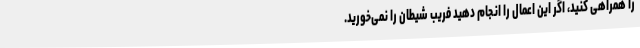
را همراهی کنید، اگر این اعمال را انجام دهید فریب شیطان را نمی‌خورید.